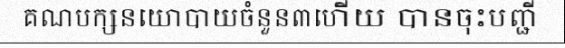
គណបក្សនយោបាយចំនួន៣ហើយ បានចុះបញ្ជី